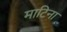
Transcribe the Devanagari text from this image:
माटिना